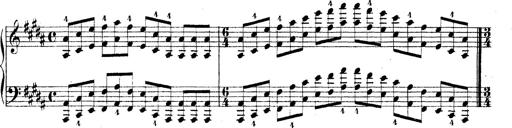
Title: Technische Studien
Composer: Franz Liszt